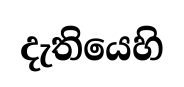
දැතියෙහි